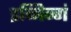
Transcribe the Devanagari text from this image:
इव्निन्गं